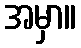
အမှာ။